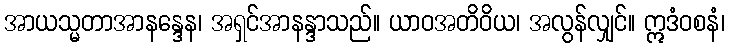
အာယသ္မတာအာနန္ဒေန၊ အရှင်အာနန္ဒာသည်။ ယာဝအတိဝိယ၊ အလွန်လျှင်။ ဣဒံဝစနံ၊